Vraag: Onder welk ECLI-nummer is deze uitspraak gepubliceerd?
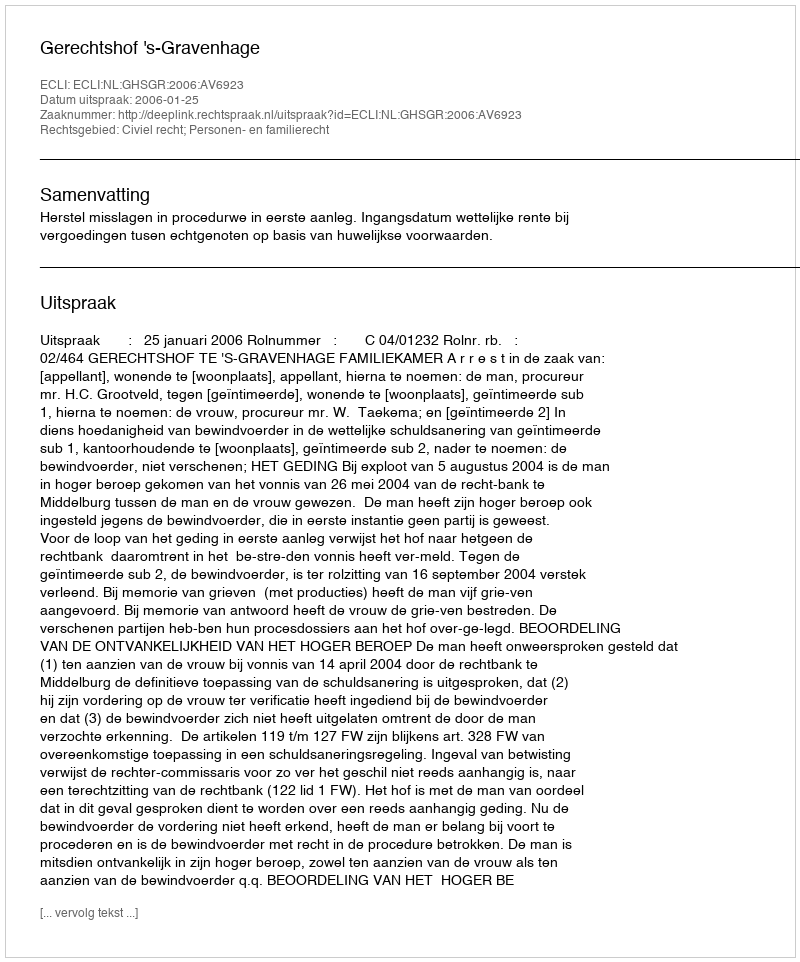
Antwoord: ECLI:NL:GHSGR:2006:AV6923